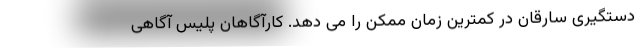
دستگیری سارقان در کمترین زمان ممکن را می دهد. کارآگاهان پلیس آگاهی